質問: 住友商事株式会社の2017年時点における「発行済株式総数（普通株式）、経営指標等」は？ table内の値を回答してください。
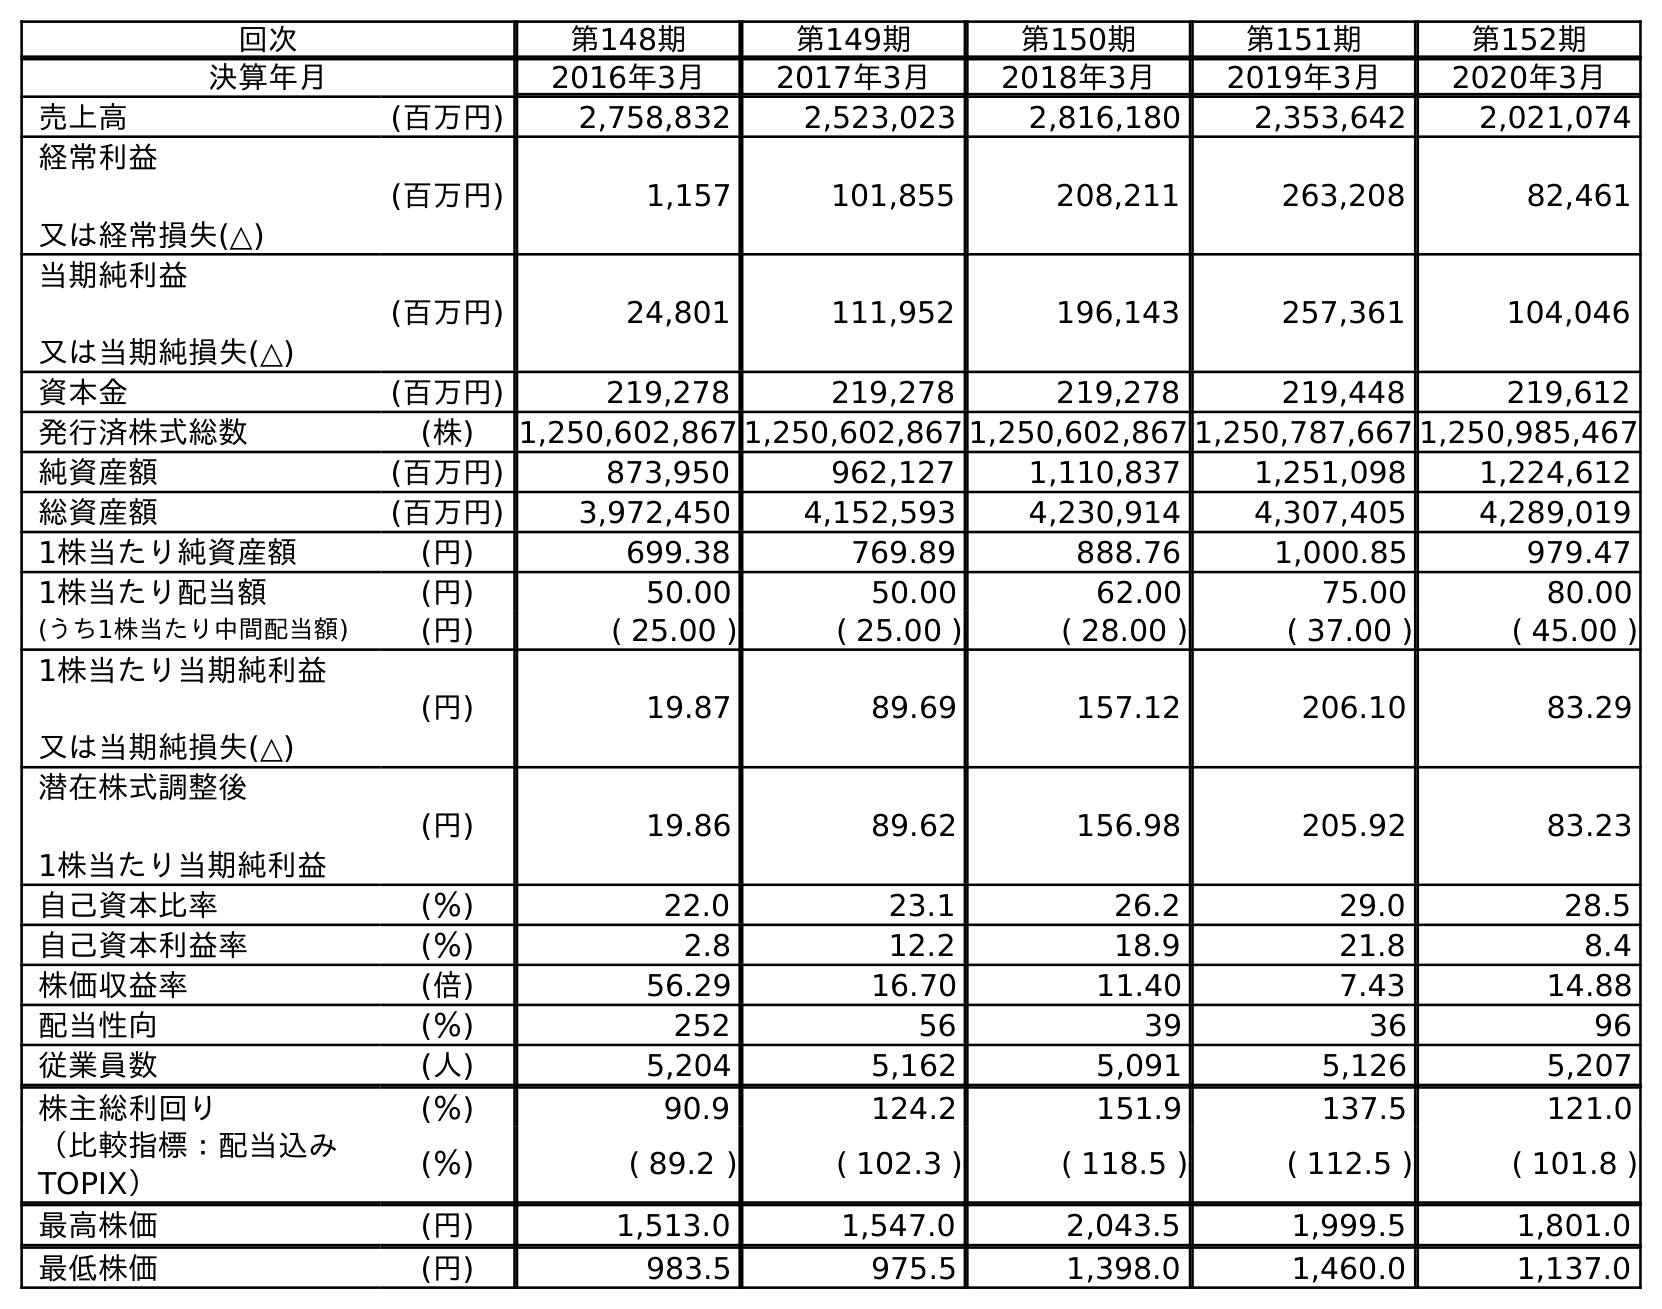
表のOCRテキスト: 回次 第148期 第149期 第150期 第151期 第152期 決算年月 2016年3月 2017年3月 2018年3月 2019年3月 2020年3月 売上高 (百万円) 2,758,832 2,523,023 2,816,180 2,353,642 2,021,074 経常利益 又は経常損失(△) (百万円) 1,157 101,855 208,211 263,208 82,461 当期純利益 又は当期純損失(△) (百万円) 24,801 111,952 196,143 257,361 104,046 資本金 (百万円) 219,278 219,278 219,278 219,448 219,612 発行済株式総数 (株) 1,250,602,867 1,250,602,867 1,250,602,867 1,250,787,667 1,250,985,467 純資産額 (百万円) 873,950 962,127 1,110,837 1,251,098 1,224,612 総資産額 (百万円) 3,972,450 4,152,593 4,230,914 4,307,405 4,289,019 1株当たり純資産額 (円) 699.38 769.89 888.76 1,000.85 979.47 1株当たり配当額 (円) 50.00 50.00 62.00 75.00 80.00 (うち1株当たり中間配当額) (円) ( 25.00 ) ( 25.00 ) ( 28.00 ) ( 37.00 ) ( 45.00 ) 1株当たり当期純利益 又は当期純損失(△) (円) 19.87 89.69 157.12 206.10 83.29 潜在株式調整後 1株当たり当期純利益 (円) 19.86 89.62 156.98 205.92 83.23 自己資本比率 (％) 22.0 23.1 26.2 29.0 28.5 自己資本利益率 (％) 2.8 12.2 18.9 21.8 8.4 株価収益率 (倍) 56.29 16.70 11.40 7.43 14.88 配当性向 (％) 252 56 39 36 96 従業員数 (人) 5,204 5,162 5,091 5,126 5,207 株主総利回り (％) 90.9 124.2 151.9 137.5 121.0 （比較指標：配当込み TOPIX） (％) ( 89.2 ) ( 102.3 ) ( 118.5 ) ( 112.5 ) ( 101.8 ) 最高株価 (円) 1,513.0 1,547.0 2,043.5 1,999.5 1,801.0 最低株価 (円) 983.5 975.5 1,398.0 1,460.0 1,137.0
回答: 1,250,602,867